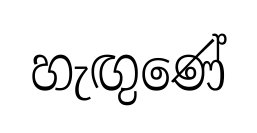
හැඟුණේ